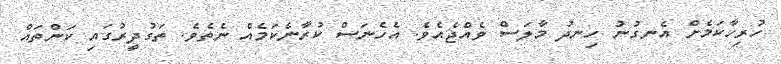
ހުރިހާކަމެށް އެނގުނު ހިނދު މާލަސް ވެއްޖެއެވެ. އެހެނަސް ކުރާނެކަމެއް ނެތެވެ. ތަގުދީރުގައި ކަންތައް